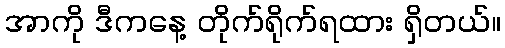
အာကို ဒီကနေ့ တိုက်ရိုက်ရထား ရှိတယ်။